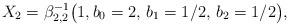
LaTeX: \begin{align*}X_2 = \beta_{2,2}^{-1}\bigl(1,b_0=2,\,b_1=1/2,\,b_2=1/2\bigr),\end{align*}